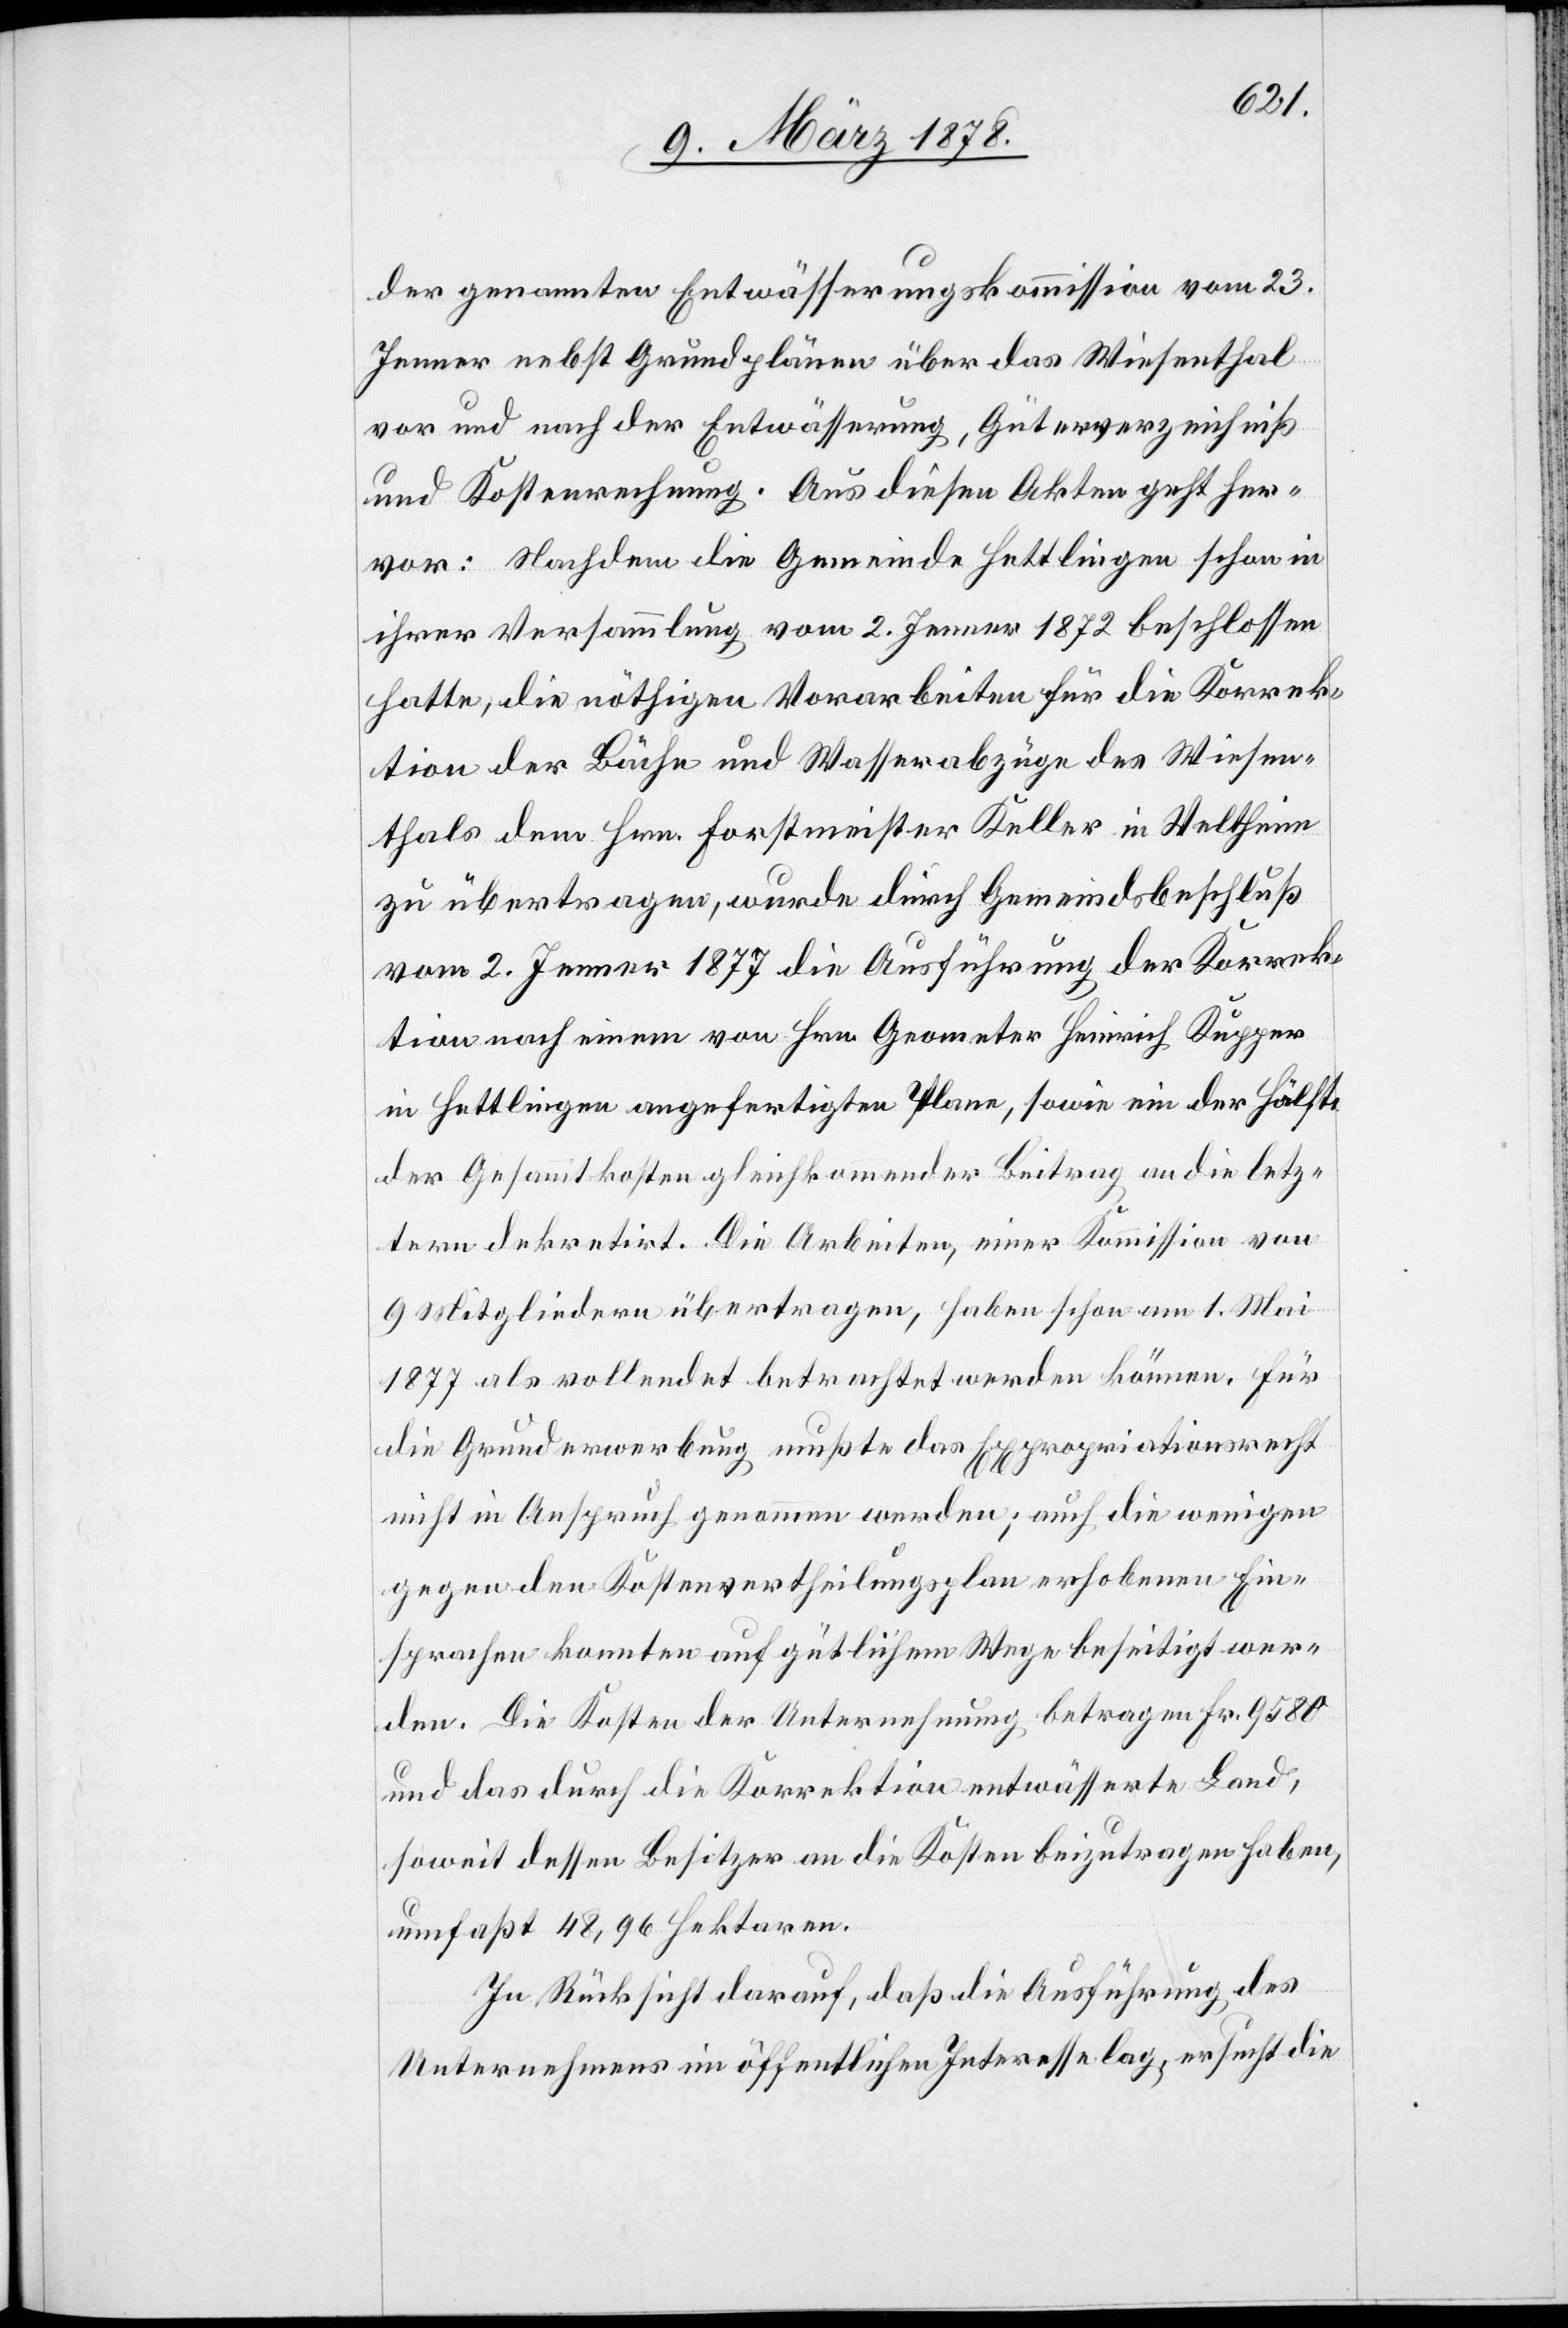
der genannten Entwässerungskommission vom 23.
Jenner nebst Grundplänen über das Wiesenthal
vor und nach der Entwässerung, Güterverzeichniß
und Kostenrechnung. Aus diesen Akten geht her¬
vor: Nachdem die Gemeinde Hettlingen schon in
ihrer Versammlung vom 2. Jenner 1872 beschlossen
hatte, die nöthigen Vorarbeiten für die Korrek¬
tion der Bäche und Wasserabzüge des Wiesen¬
thals dem Hrn. Forstmeister Keller in Veltheim
zu übertragen, wurde durch Gemeindsbeschluß
vom 2. Jenner 1877 die Ausführung der Korrek¬
tion nach einem von Hrn. Geometer Heinrich Kupper
in Hettlingen angefertigten Plane, sowie ein der Hälfte
der Gesammtkosten gleichkommender Betrag an die letz¬
tern dekretirt. Die Arbeiten, einer Kommission von
9 Mitgliedern übertragen, haben schon am 1. Mai
1877 als vollendet betrachtet werden können. Für
die Grunderwerbung mußte das Expropriationsrecht
nicht in Anspruch genommen werden; auch die wenigen
gegen den Kostenvertheilungsplan erhobenen Ein¬
sprachen konnten auf gütlichem Wege beseitigt wer¬
den. Die Kosten der Untersuchung betragen Fr. 9580
und das durch die Korrektion entwässerte Land,
soweit dessen Besitzer an die Kosten beizutragen haben,
umfasst 48,96 Hektaren.
In Rücksicht darauf, daß die Ausführung des
Unternehmens im öffentlichen Interesse lag, ersucht die